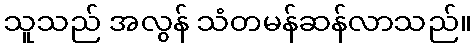
သူသည် အလွန် သံတမန်ဆန်လာသည်။